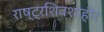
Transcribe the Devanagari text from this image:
राष्ट्रशिवशाहीर